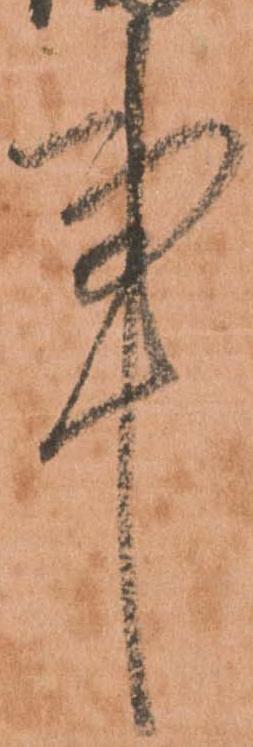
事